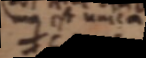
_ est unica